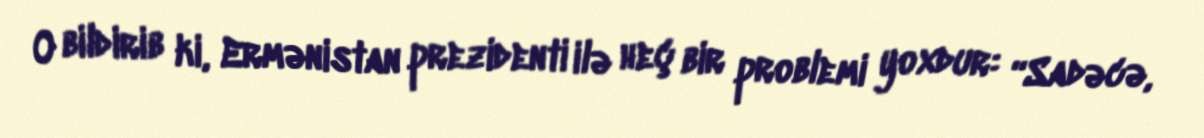
O bildirib ki, Ermənistan prezidenti ilə heç bir problemi yoxdur: “Sadəcə,